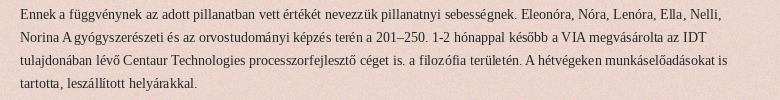
Ennek a függvénynek az adott pillanatban vett értékét nevezzük pillanatnyi sebességnek. Eleonóra, Nóra, Lenóra, Ella, Nelli, Norina A gyógyszerészeti és az orvostudományi képzés terén a 201–250. 1-2 hónappal később a VIA megvásárolta az IDT tulajdonában lévő Centaur Technologies processzorfejlesztő céget is. a filozófia területén. A hétvégeken munkáselőadásokat is tartotta, leszállított helyárakkal.